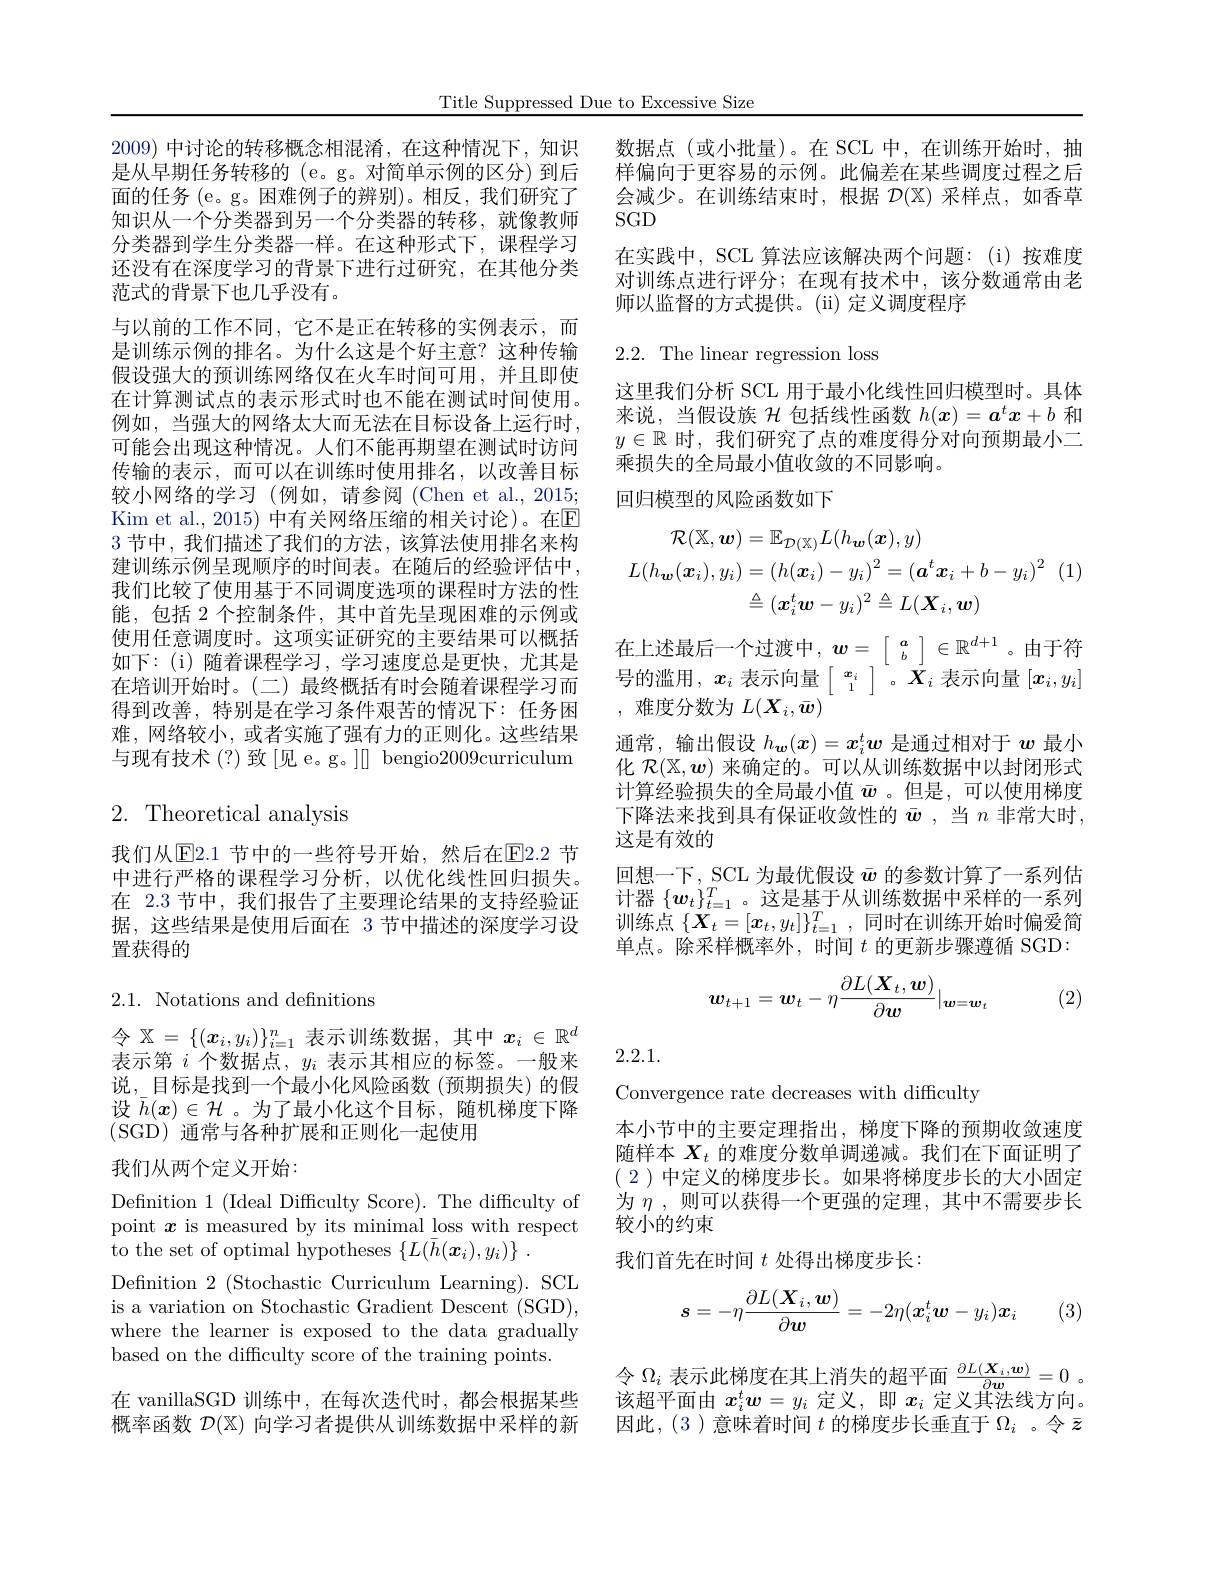
Title Suppressed Due to Excessive Size

2009)中讨论的转移概念相混淆，在这种情况下，知识是从早期任务转移的 (e。g。对简单示例的区分) 到后面的任务 (e。g。困难例子的辨别)。相反，我们研究了知识从一个分类器到另一个分类器的转移，就像教师分类器到学生分类器一样。在这种形式下，课程学习还没有在深度学习的背景下进行过研究，在其他分类范式的背景下也几乎没有。
与以前的工作不同，它不是正在转移的实例表示，而是训练示例的排名。为什么这是个好主意？这种传输假设强大的预训练网络仅在火车时间可用，并且即使在计算测试点的表示形式时也不能在测试时间使用。例如，当强大的网络太大而无法在目标设备上运行时， 可能会出现这种情况。人们不能再期望在测试时访问传输的表示，而可以在训练时使用排名，以改善目标较小网络的学习 (例如，请参阅 (Chen et al.,2015; Kim et al., 2015) 中有关网络压缩的相关讨论)。在E 3节中，我们描述了我们的方法，该算法使用排名来构建训练示例呈现顺序的时间表。在随后的经验评估中， 我们比较了使用基于不同调度选项的课程时方法的性能，包括 2 个控制条件，其中首先呈现困难的示例或使用任意调度时。这项实证研究的主要结果可以概括如下：(i)随着课程学习，学习速度总是更快，尤其是在培训开始时。(二)最终概括有时会随着课程学习而得到改善，特别是在学习条件艰苦的情况下：任务困难，网络较小，或者实施了强有力的正则化。这些结果与现有技术(?)致[见 e。g。]][bengio2009curriculum

## $2.{\mathrm{~Theoretical~analysis}}$

我们从$\operatorname{E2.1}$节中的一些符号开始，然后在$\operatorname{E2.2}$节中进行严格的课程学习分析，以优化线性回归损失。在 2.3 节中，我们报告了主要理论结果的支持经验证据，这些结果是使用后面在 3 节中描述的深度学习设置获得的

2.1. Notations and defnitions

令$\mathbb{X}=\{(\boldsymbol{x}_i,y_i)\}_{i=1}^n$表示训练数据，其中$x_i\in\mathbb{R}^d$ 表示第$i$个数据点，$y_i$表示其相应的标签。一般来说，\_目标是找到一个最小化风险函数 (预期损失)的假设$\bar{h}(x)\in\mathcal{H}$。为了最小化这个目标，随机梯度下降(SGD) 通常与各种扩展和正则化一起使用

我们从两个定义开始：

Defnition 1 (Ideal Difficulty Score). The difficulty of point $x$ is measured by its minimal loss with respect to the set of optimal hypotheses $\{ L( \bar{h} ( \boldsymbol{x}_i) , y_i) \}$ .
Defnition 2 (Stochastic Curriculum Learning). SCL is a variation on Stochastic Gradient Descent (SGD), where the learner is exposed to the data gradually based on the difficulty score of the training points.

在 vanillaSGD 训练中，在每次迭代时，都会根据某些概率函数$\mathcal{D}(\mathbb{X})$向学习者提供从训练数据中采样的新

数据点(或小批量)。在 SCL 中，在训练开始时，抽样偏向于更容易的示例。此偏差在某些调度过程之后会减少。在训练结束时，根据$\mathcal{D}(\mathbb{X})$采样点，如香草SGD
在实践中，SCL 算法应该解决两个问题：(i)按难度对训练点进行评分；在现有技术中，该分数通常由老师以监督的方式提供。(ii) 定义调度程序

2.2. The linear regression loss

这里我们分析 SCL 用于最小化线性回归模型时。具体来说，当假设族$\mathcal{H}$包括线性函数$h(x)=\boldsymbol{a}^tx+b$和$y\in\mathbb{R}$时，我们研究了点的难度得分对向预期最小二乘损失的全局最小值收敛的不同影响。
回归模型的风险函数如下
$$\begin{aligned}\mathcal{R}(\mathbb{X},\boldsymbol{w})&=\mathbb{E}_{\mathcal{D}(\mathbb{X})}L(h_{\boldsymbol{w}}(\boldsymbol{x}),y)\\L(h_{\boldsymbol{w}}(\boldsymbol{x}_{i}),y_{i})&=(h(\boldsymbol{x}_{i})-y_{i})^{2}=(\boldsymbol{a}^{t}\boldsymbol{x}_{i}+b-y_{i})^{2}\:(1)\\&\triangleq(\boldsymbol{x}_{i}^{t}\boldsymbol{w}-y_{i})^{2}\triangleq L(\boldsymbol{X}_{i},\boldsymbol{w})\end{aligned}$$
在上述最后一个过渡中，$w=\left[\begin{array}{c}a\\b\end{array}\right]\in\mathbb{R}^{d+1}$。由于符号的滥用，$x_i$表示向量$\left[\begin{array}{c}x_i\\1\end{array}\right]$。$X_i$表示向量$[x_i,y_i]$ ,难度分数为$L(\boldsymbol{X}_i,\bar{\boldsymbol{w}})$
通常，输出假设$h_{\boldsymbol{w}}(x)=x_i^tw$是通过相对于$w$最小化$\mathcal{R}(\mathbb{X},\boldsymbol{w})$来确定的。可以从训练数据中以封闭形式计算经验损失的全局最小值$\bar{\boldsymbol{w}}$ 。但是，可以使用梯度下降法来找到具有保证收敛性的$\bar{\boldsymbol{w}}$ ,当$n$非常大时， 这是有效的
回想一下，SCL 为最优假设$\bar{w}$的参数计算了一系列估计器$\{\boldsymbol w_t\}_{t=1}^T$。这是基于从训练数据中采样的一系列训练点$\{\boldsymbol{X}_t=[\boldsymbol{x}_t,y_t]\}_{t=1}^T$,同时在训练开始时偏爱简单点。除采样概率外，时间$t$的更新步骤遵循 SGD:
$$\boldsymbol{w}_{t+1}=\boldsymbol{w}_t-\eta\frac{\partial L(\boldsymbol{X}_t,\boldsymbol{w})}{\partial\boldsymbol{w}}|_{\boldsymbol{w}=\boldsymbol{w}_t}$$
(2)

2.2.1.

Convergence rate decreases with difficulty
本小节中的主要定理指出，梯度下降的预期收敛速度随样本$X_t$的难度分数单调递减。我们在下面证明了(2)中定义的梯度步长。如果将梯度步长的大小固定为$\eta$ ,则可以获得一个更强的定理，其中不需要步长较小的约束
我们首先在时间$t$处得出梯度步长：
$$s=-\eta\frac{\partial L(\boldsymbol{X}_i,\boldsymbol{w})}{\partial\boldsymbol{w}}=-2\eta(\boldsymbol{x}_i^t\boldsymbol{w}-y_i)\boldsymbol{x}_i$$
令$\Omega_i$表示此梯度在其上消失的超平面$\frac\partial L(\boldsymbol{X}_i,\boldsymbol{w}){\partial\boldsymbol{w}}=0$ 。该超平面由$x_i^t\boldsymbol{w}=y_i$定义，即$x_i$定义其法线方向。因此，(3)意味着时间$t$的梯度步长垂直于$\Omega_i$ 。令$\bar{z}$